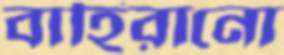
বাহিরানো